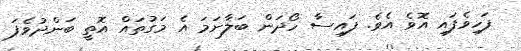
ފަހިވެފައި އޮވެ އެވެ. ފައިސާ ހޯދަން ބަލާނަމަ އެ މަގުތައް އޮތީ ބަންދުވެފަ